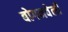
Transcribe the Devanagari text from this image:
बोगनवेली